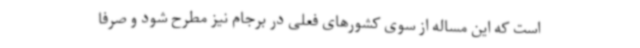
است که این مساله از سوی کشورهای فعلی در برجام نیز مطرح شود و صرفا